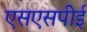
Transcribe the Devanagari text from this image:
एसएसपीई